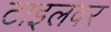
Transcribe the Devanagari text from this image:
टाइलवर